Document type: Sale
Year: 1499
Scribe: Joan Martínez de Sòria
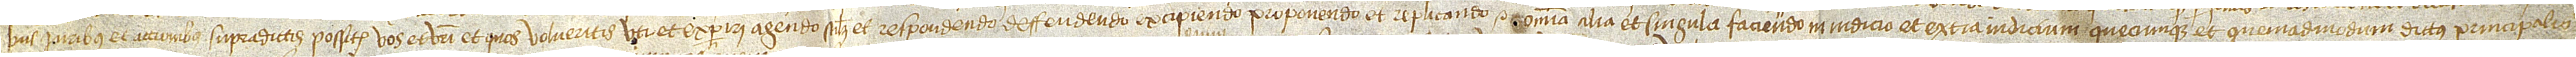
/ bus iuribus et accionibus supradictis possitis vos et vestri et quos volueritis uti et experiri, agendo scilicet et respondendo, deffendendo, excipiendo, proponendo et replicanco et omnia alia et singula faciendo, in iudicio et extra iudicium, quecumque et quemadmodum dictus principalis